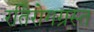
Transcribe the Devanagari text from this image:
रतिरोगग्रस्त